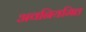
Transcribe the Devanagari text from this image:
अवनियमित